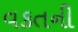
વકતની